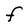
Character: F